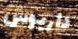
داريوس